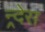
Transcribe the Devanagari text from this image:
न्र्देस